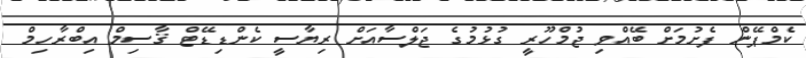
ކެމްޕޭން ފެށުމަށް ބޭއްވި ޖުމްހޫރީ ގުޅުމުގެ ޖަލްސާއަށް ރިޔާސީ ކެންޑިޑޭޓް ޤާސިމް އިބްރާހިމް